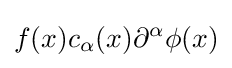
f(x)c_{\alpha }(x)\partial ^{\alpha }\phi (x)